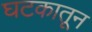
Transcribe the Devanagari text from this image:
घटकातून